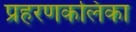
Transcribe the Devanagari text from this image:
प्रहरणकलिका